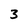
Character: 3